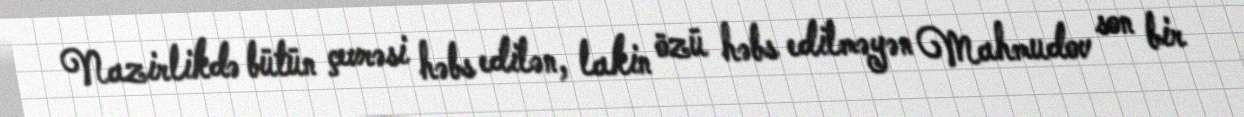
Nazirlikdə bütün çevrəsi həbs edilən, lakin özü həbs edilməyən Mahmudov son bir